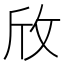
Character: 𪯱